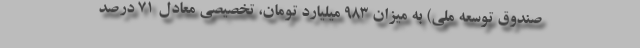
صندوق توسعه ملی) به میزان ۹۸۳ میلیارد تومان، تخصیصی معادل ۷۱ درصد